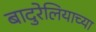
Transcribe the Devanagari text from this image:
बादुरेलियाच्या